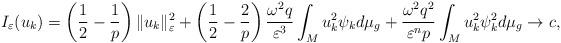
LaTeX: \begin{align*}I_{\varepsilon}(u_{k})=\left(\frac{1}{2}-\frac{1}{p}\right)\|u_{k}\|_{\varepsilon}^{2}+\left(\frac{1}{2}-\frac{2}{p}\right)\frac{\omega^{2}q}{\varepsilon^{3}}\int_{M}u_{k}^{2}\psi_{k}d\mu_{g}+\frac{\omega^{2}q^{2}}{\varepsilon^{n}p}\int_{M}u_{k}^{2}\psi_{k}^{2}d\mu_{g}\rightarrow c,\end{align*}